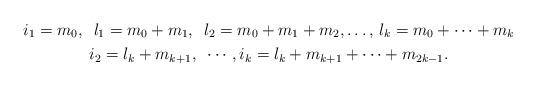
LaTeX: \begin{gather*}i_1=m_0,\,\,\, l_1= m_0 +m_1, \,\,\,l_2 = m_0+m_1+m_2, \dots,\,l_k = m_0+\cdots+m_{k}\\i_2 = l_k + m_{k +1},\,\,\, \cdots, i_{k} = l_k + m_{k+1} + \cdots+m_{2k -1}.\end{gather*}